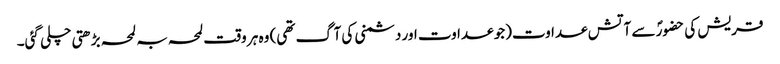
قریش کی حضورؐ سے آتش عداوت(جو عداوت اور دشمنی کی آگ تھی) وہ ہر وقت لمحہ بہ لمحہ بڑھتی چلی گئی۔